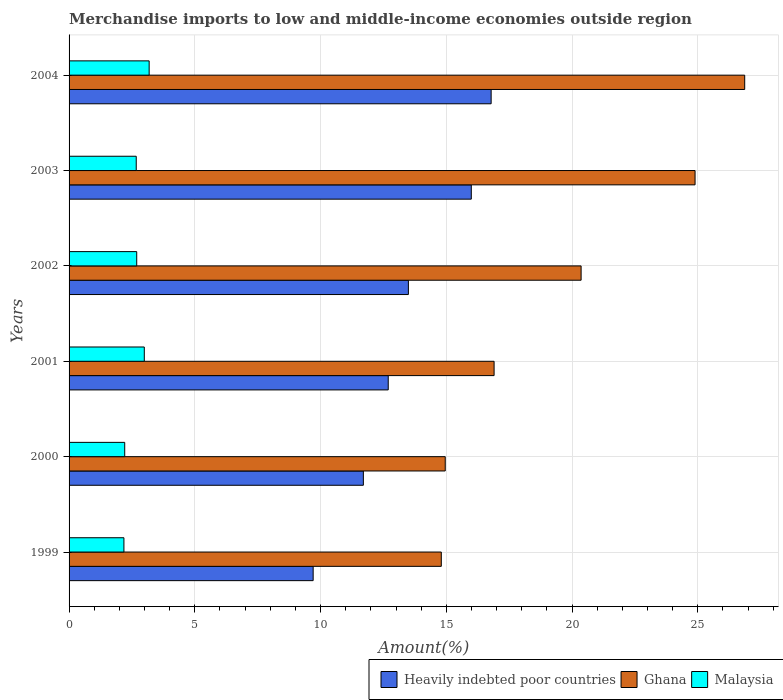
| Years | Heavily indebted poor countries | Ghana | Malaysia |
 | --- | --- | --- | --- |
 | 1999 | 9.71 | 14.8 | 2.18 |
 | 2000 | 11.7 | 15 | 2.21 |
 | 2001 | 12.7 | 16.9 | 2.99 |
 | 2002 | 13.5 | 20.4 | 2.69 |
 | 2003 | 16 | 24.9 | 2.67 |
 | 2004 | 16.8 | 26.9 | 3.18 |